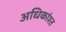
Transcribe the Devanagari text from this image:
अधिकांश्त